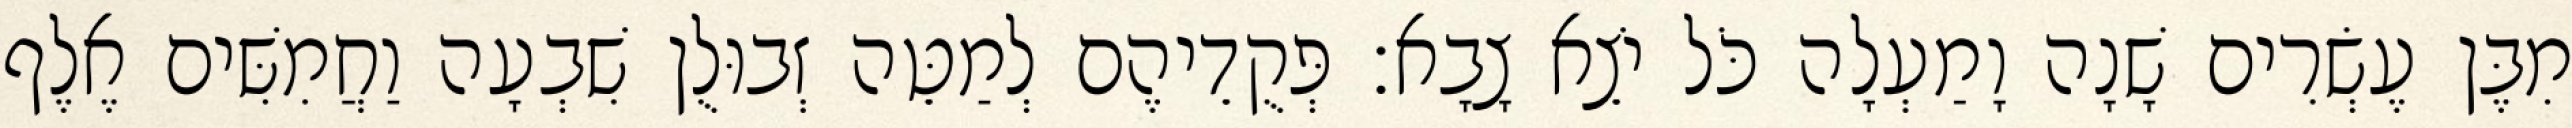
מִבֶּן עֶשְׂרִים שָׁנָה וָמַעְלָה כֹּל יֹצֵא צָבָא׃ פְּקֻדֵיהֶם לְמַטֵּה זְבוּלֻן שִׁבְעָה וַחֲמִשִּׁים אֶלֶף